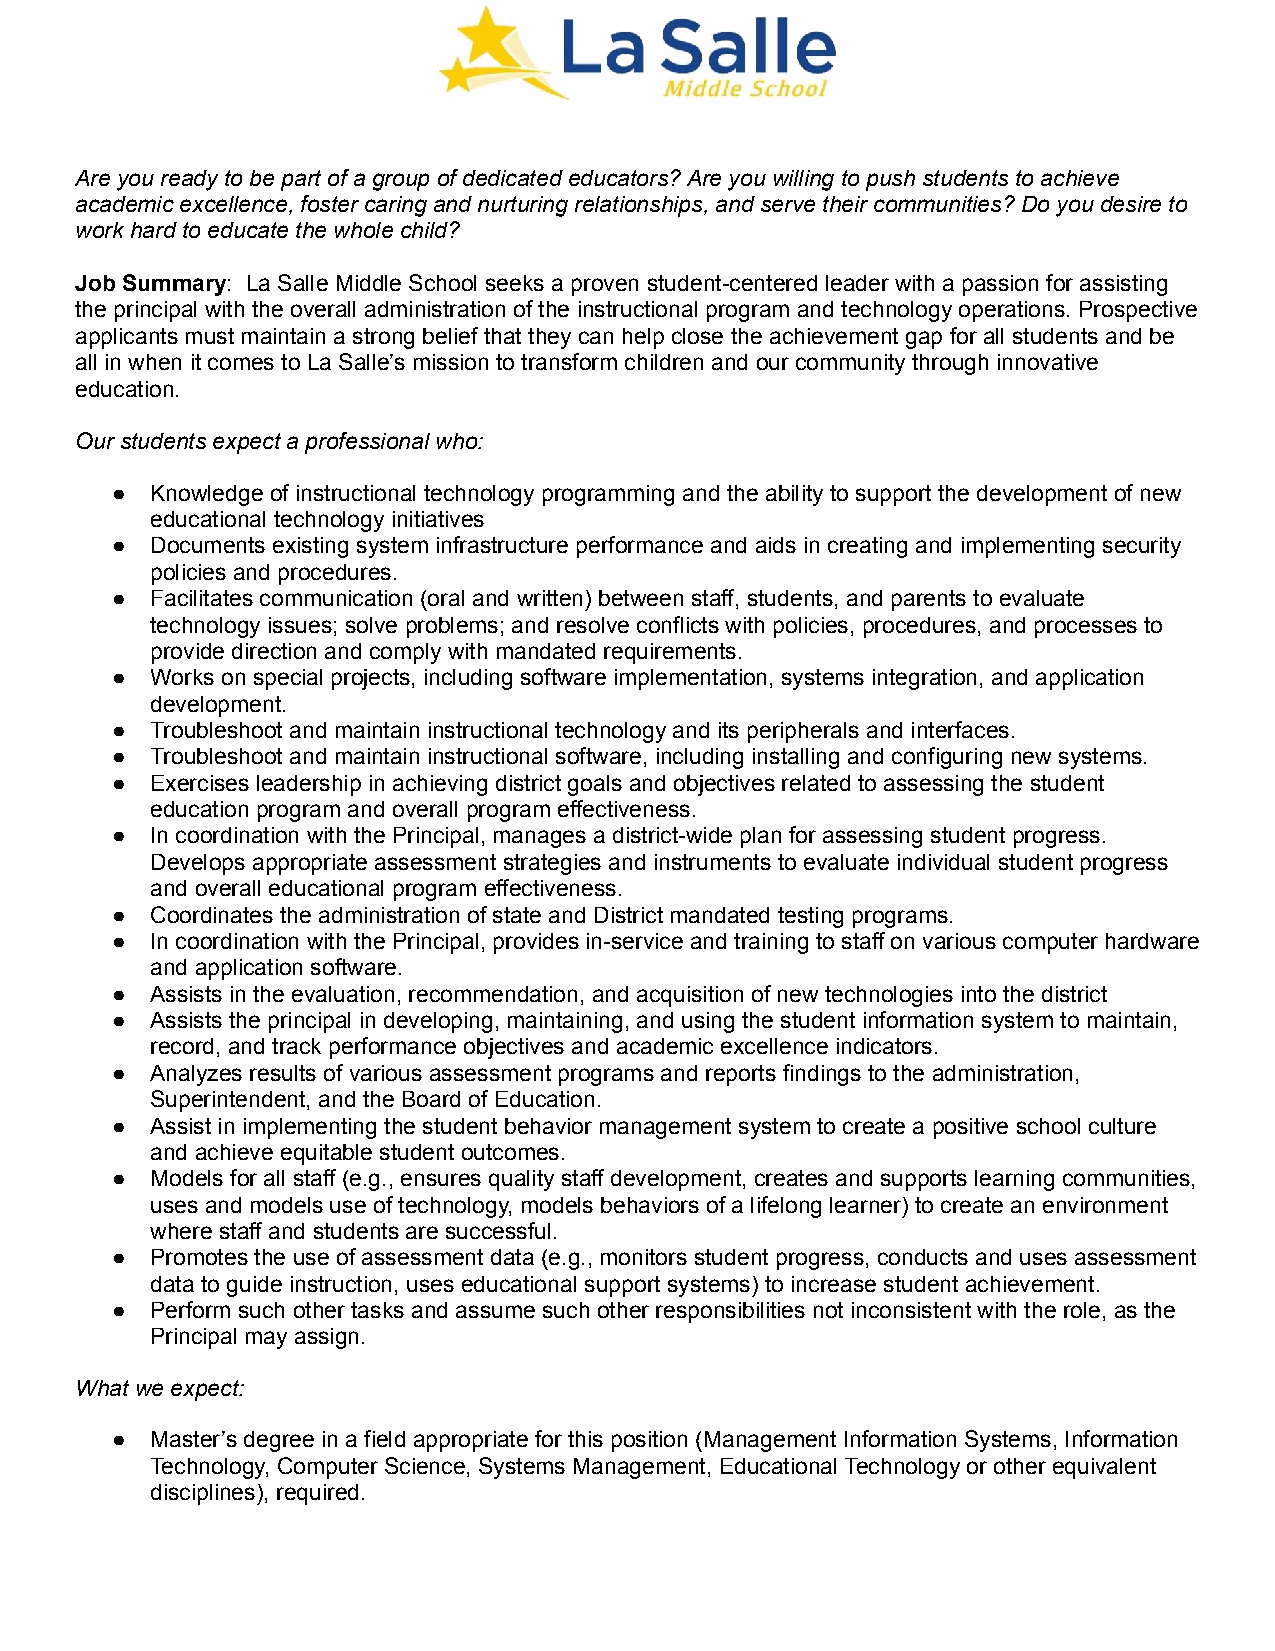
Are you ready to be part of a group of dedicated educators? Are you willing to push students to achieve
 academic excellence, foster caring and nurturing relationships, and serve their communities? Do you desire to
 work hard to educate the whole child?
 Job Summary: La Salle Middle School seeks a proven student-centered leader with a passion for assisting
 the principal with the overall administration of the instructional program and technology operations. Prospective
 applicants must maintain a strong belief that they can help close the achievement gap for all students and be
 all in when it comes to La Salle’s mission to transform children and our community through innovative
 education.
 Our students expect a professional who:
 ●  Knowledge of instructional technology programming and the ability to support the development of new
 educational technology initiatives
 ●  Documents existing system infrastructure performance and aids in creating and implementing security
 policies and procedures.
 ●  Facilitates communication (oral and written) between staff, students, and parents to evaluate
 technology issues; solve problems; and resolve conflicts with policies, procedures, and processes to
 provide direction and comply with mandated requirements.
 ●  Works on special projects, including software implementation, systems integration, and application
 development.
 ●  Troubleshoot and maintain instructional technology and its peripherals and interfaces.
 ●  Troubleshoot and maintain instructional software, including installing and configuring new systems.
 ●  Exercises leadership in achieving district goals and objectives related to assessing the student
 education program and overall program effectiveness.
 ●  In coordination with the Principal, manages a district-wide plan for assessing student progress.
 Develops appropriate assessment strategies and instruments to evaluate individual student progress
 and overall educational program effectiveness.
 ●  Coordinates the administration of state and District mandated testing programs.
 ●  In coordination with the Principal, provides in-service and training to staff on various computer hardware
 and application software.
 ●  Assists in the evaluation, recommendation, and acquisition of new technologies into the district
 ●  Assists the principal in developing, maintaining, and using the student information system to maintain,
 record, and track performance objectives and academic excellence indicators.
 ●  Analyzes results of various assessment programs and reports findings to the administration,
 Superintendent, and the Board of Education.
 ●  Assist in implementing the student behavior management system to create a positive school culture
 and achieve equitable student outcomes.
 ●  Models for all staff (e.g., ensures quality staff development, creates and supports learning communities,
 uses and models use of technology, models behaviors of a lifelong learner) to create an environment
 where staff and students are successful.
 ●  Promotes the use of assessment data (e.g., monitors student progress, conducts and uses assessment
 data to guide instruction, uses educational support systems) to increase student achievement.
 ●  Perform such other tasks and assume such other responsibilities not inconsistent with the role, as the
 Principal may assign.
 What we expect:
 ●  Master’s degree in a field appropriate for this position (Management Information Systems, Information
 Technology, Computer Science, Systems Management, Educational Technology or other equivalent
 disciplines), required.